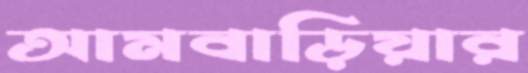
আমবাড়িয়ার